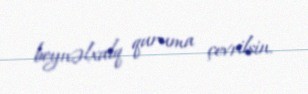
beynəlxalq quruma çevrilsin.